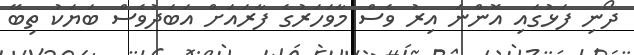
ދޯނި ފަޅުގައި އޮންނަ އިރު ވެސް މާވަހަރުގެ ފާރައަށް އަބަދުވެސް ބަޔަކު ތިބޭ